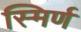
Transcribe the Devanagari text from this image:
स्मिर्ण